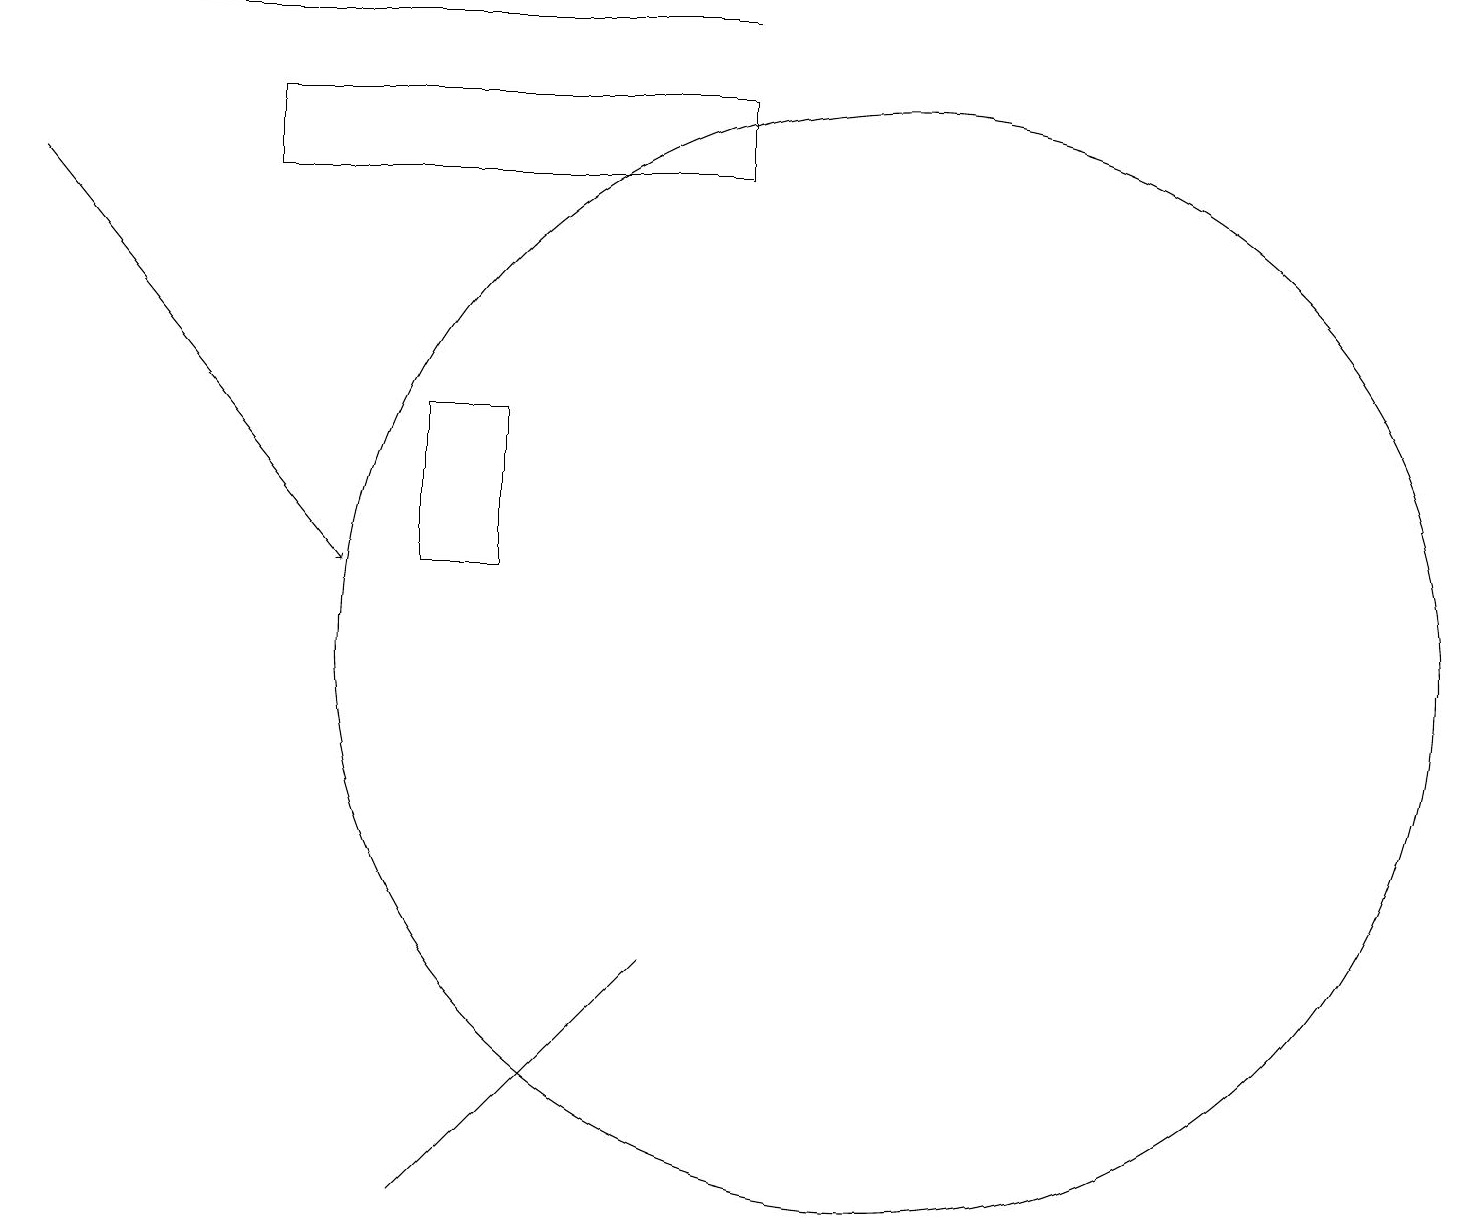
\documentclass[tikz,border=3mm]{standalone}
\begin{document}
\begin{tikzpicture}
\draw[->] (9,18) -- (0,18);
\draw (11,10) circle (7);
\draw[->] (0,16) -- (4,11);
\draw (3,17) rectangle (9,16);
\draw (5,11) rectangle (6,13);
\draw (5,3) -- (8,6) -- (7,5) -- cycle;
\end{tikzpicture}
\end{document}